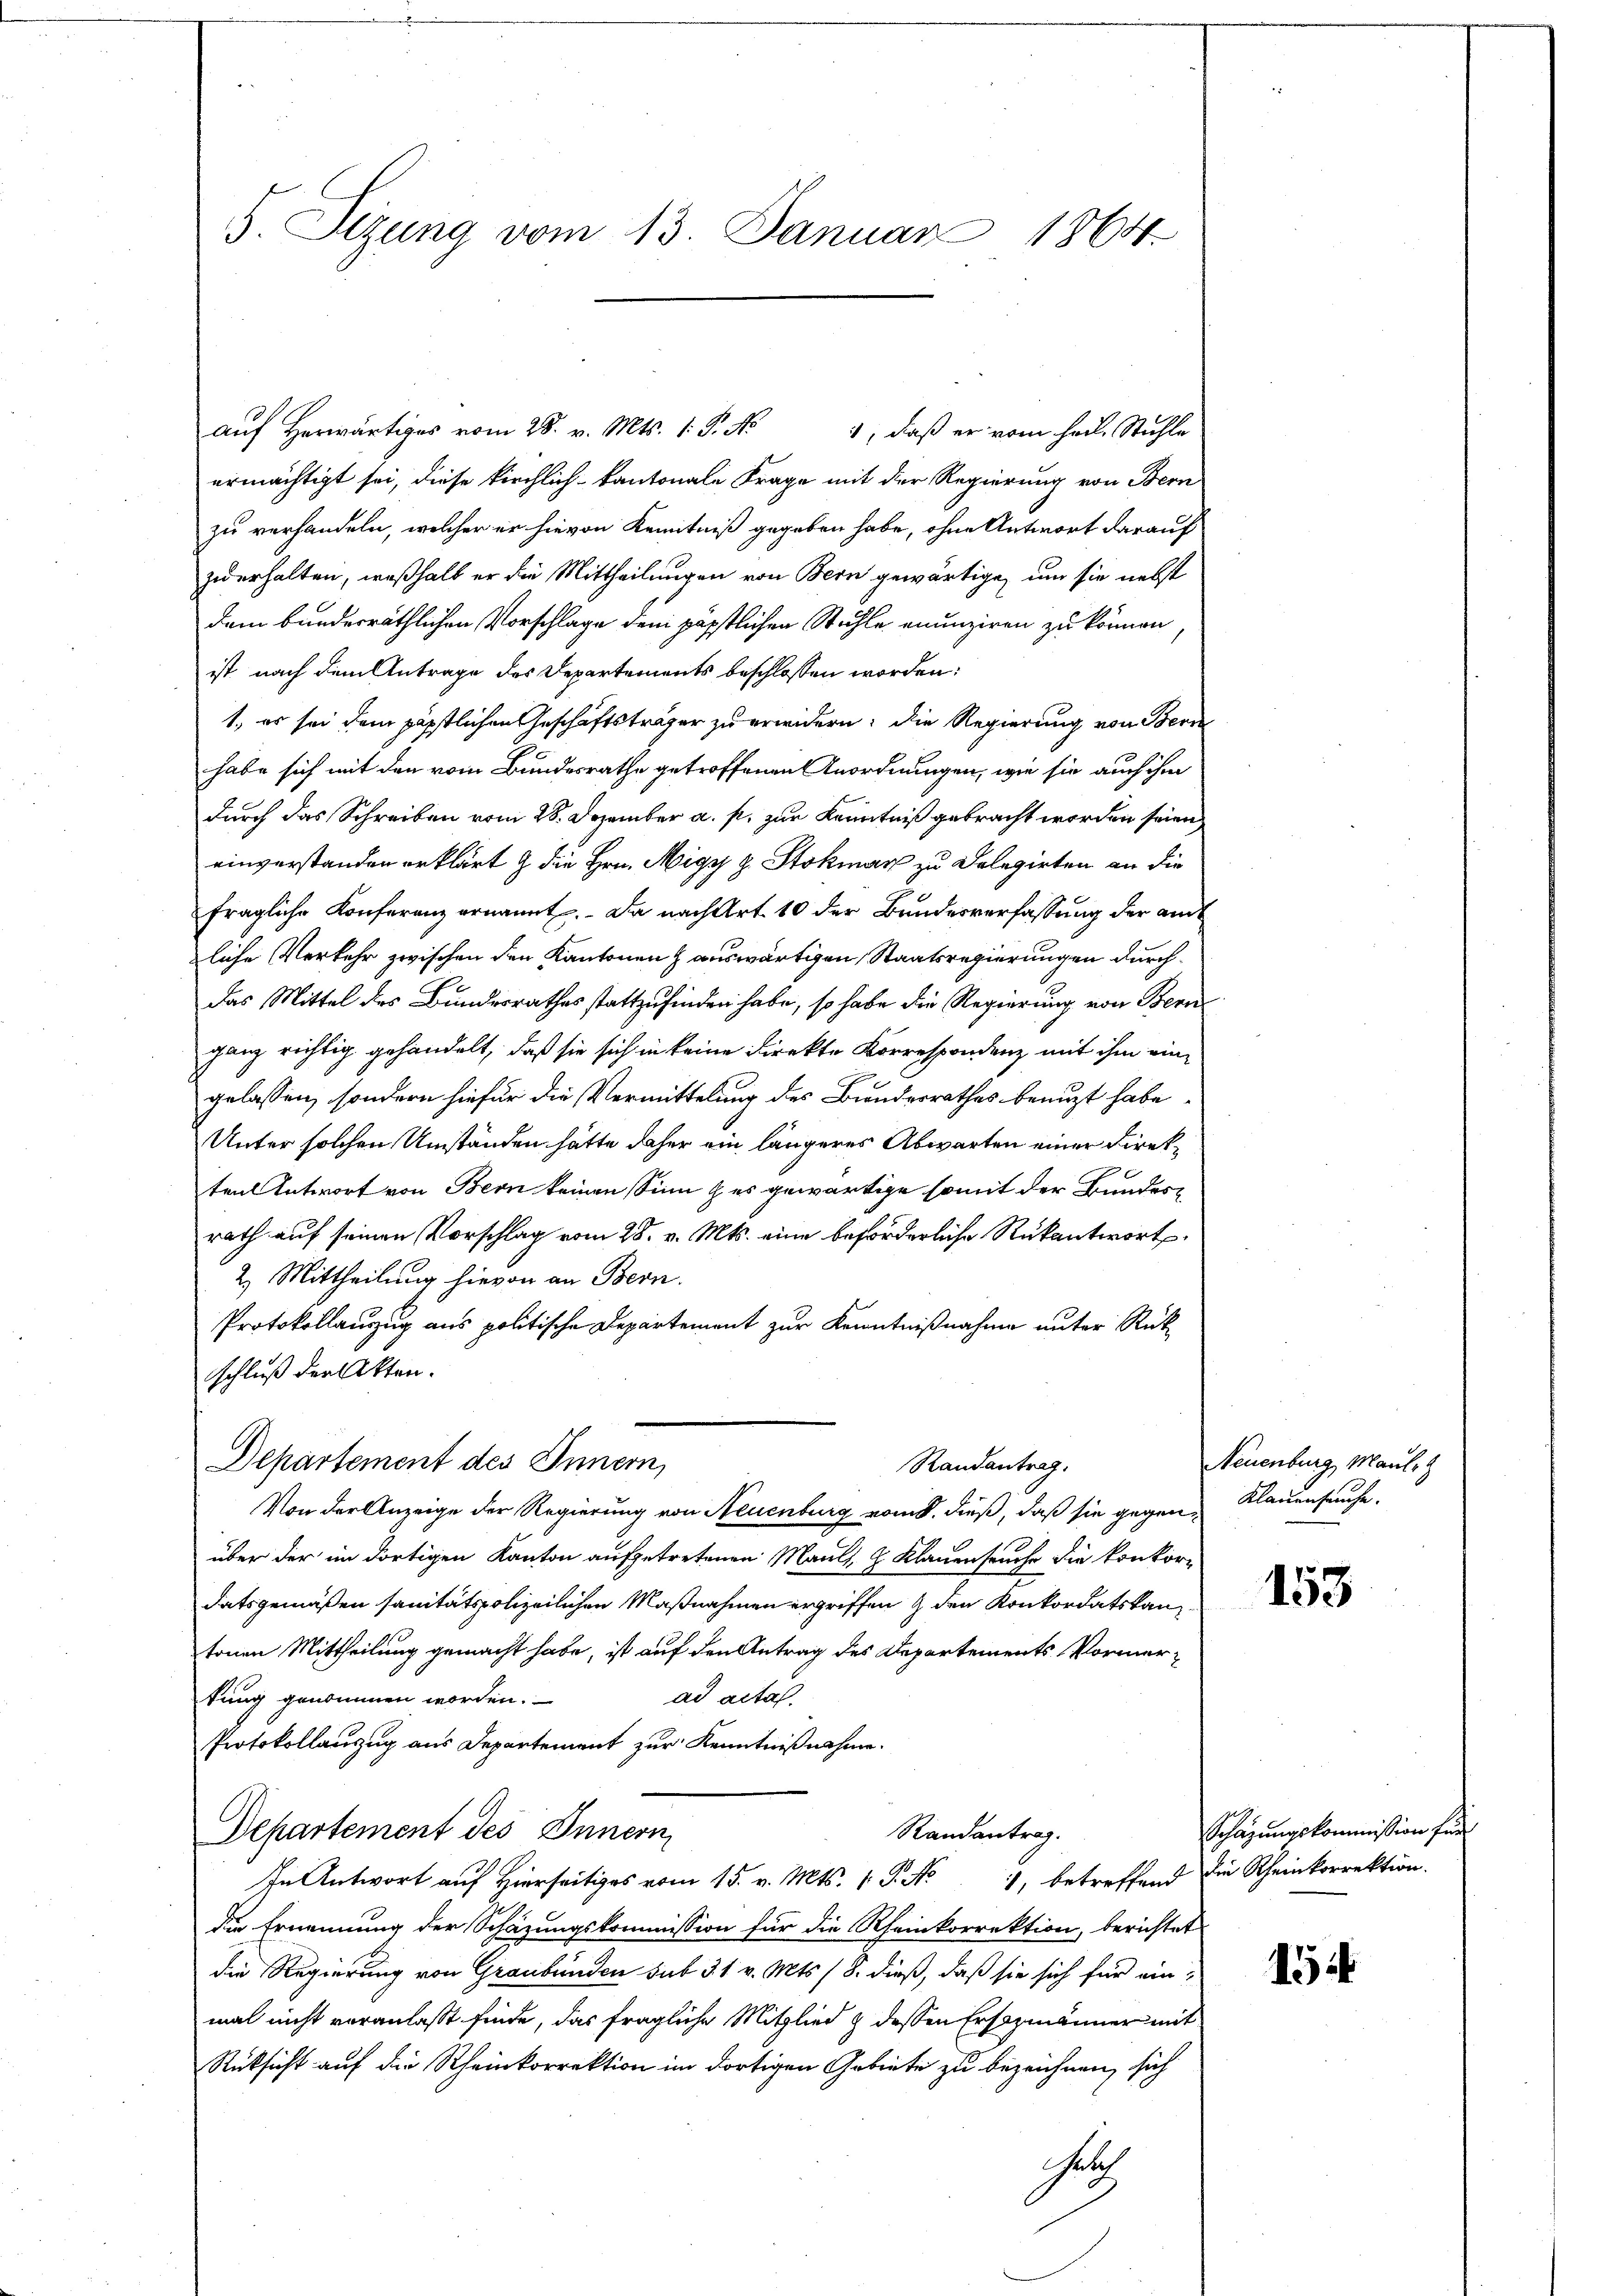
5. Sizung vom 13. Januar 1864.

auf Herwärtiges vom 28. v. Mts. 1. P. No 1, daß er vom heil. Stuhle
ermächtigt sei, diese kirchlich-kantonale Frage mit der Regierung von Bern
zu verhandeln, welcher er hievon Kenntniß gegeben habe, ohne Antwort darauf
zu erhalten, weßhalb er die Mittheilungen von Bern gewärtige, um sie nebst
dem bunderräthlichen Vorschlage dem päpstlichen Stühle enunziren zu können
ist nach dem Antrage des Departements beschlossen worden:
1, es sei dem päpstlichen Geschäftsträger zu erwidern; die Regierung von Bern
habe sich mit den vom Bundesrathe getroffenen Anordnungen, wie sie auch ihm
durch das Schreiben vom 28. Dezember a. p. zur Kenntniß gebracht worden seien,
einverstanden erklärt & die Hrn. Migy z. Stokmar zu Delegirten an die
fragliche Konferenz ernannt. Da nach Art. 10 der Bundesverfassung der amt
liche Verkehr zwischen den Kantonen & auswärtigen Staatsregierungen durch¬
Das Mittel des Bundesrathes stattzufinden habe, so habe die Regierung von Bernganz richtig gehandelt, daß sie sich in keine Direkte Korrespondenz mit ihm eine
gelassen, sondern hiefür die Vermittelung des Bundesrathes benuzt habe
Unter solchen Umständen hätte daher ein längeres Abwarten einer Direkten Antwort von Bern keinen Sinn & es gewärtige somit der Bundesrath auf seinen Vorschlag vom 28. v. Mts. eine beförderliche Rükantwort¬
2. Mittheilung hievon an Bern.
Protokollauszug aus politische Departement zur Kenntnißnahme unter Rückschluß der Akten.
Departement des Innern,
Randantrag.
Von der Anzeige der Regierung von Neuenburg vom 8. dieß, daß sie gegen Klauenseuche,
über der im dortigen Kanton aufgetretenen Mauls, 2 Klauenseuche die Konkordatsgemäßen sanitätspolizeilichen Maßnahmen ergriffen & den Konkordatskanz
tonen Mittheilung gemacht habe, ist auf den Antrag des Departements Vormertung genommen worden.
ad actal.
Protokollanzug aus Departement zur Kenntnißnahme.
Departement des Innern
Randantrag.
In Antwort auf Hierseits vom 15. v. Mts. 1. P. No 1, betreffend die Rheinkorrektion.
die Ernennung der Schazungskommission für die Rheinkorrektion, berichtet
die Regierung von Graubünden sub 31 v. Mts. 18. dieß, daß sie sich für einmal nicht veranlaßt finde, das fragliche Mitglied & dessen Ersezmänner mit
Rücksicht auf die Rheinkorrektion im dortigen Gebiete zu bezeichnen, sich
Gelch

Neuenburg, Maule z

153

Schazungskommission für

1